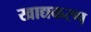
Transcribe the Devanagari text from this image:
खाद्यकरण